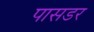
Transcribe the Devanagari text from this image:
पासडर